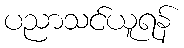
ပညာသင်ယူရန်